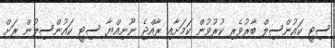
ސިޓީ ކައުންސިލް ބާރުވެރި ކުރުވުން ކަމަށާއި ރާއްޖެ ނޫނިއްޔާ ސިޓީ ކައުންސިލުން ރަށް